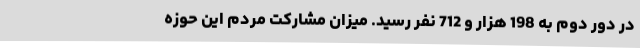
در دور دوم به 198 هزار و 712 نفر رسید. میزان مشارکت مردم این حوزه